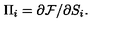
\Pi _ { i } = \partial { \cal F } / \partial S _ { i } .